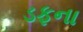
ડફના